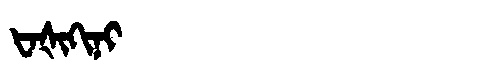
Manchu: ᡶᠠᡧᡳᡴᡳᠨᡳ
Romanization: FAŠIKINI